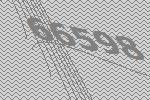
66598